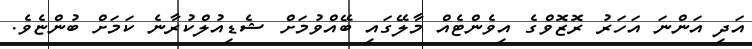
އަދި އަންނަ އަހަރު ރޮޒޮވްގެ އިވެންޓެއް މާލޭގައި ބޭއްވުމަށް ޝެޑިއުލްކުރާނެ ކަމަށް ބުންޏެވެ.